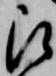
被